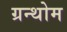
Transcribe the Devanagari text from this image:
ग्रन्थोम